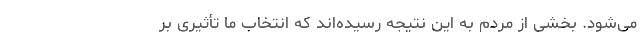
می‌شود. بخشی از مردم به این نتیجه رسیده‌اند که انتخاب ما تأثیری بر